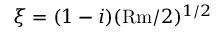
\xi = ( 1 - i ) ( \mathrm { R m } / 2 ) ^ { 1 / 2 }